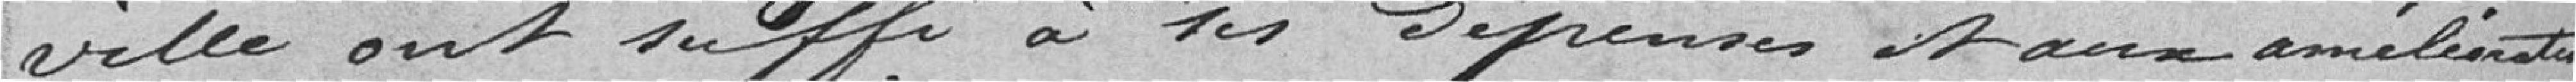
ville ont suffi à ses dépenses et aux améliorations